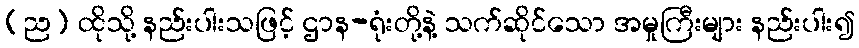
(ည) ထိုသို့ နည်းပါးသဖြင့် ဌာန-ရုံးတို့နဲ့ သက်ဆိုင်သော အမှုကြီးများ နည်းပါး၍